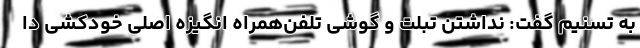
به تسنیم گفت: نداشتن تبلت و گوشی تلفن‌همراه انگیزه اصلی خودکشی دا